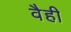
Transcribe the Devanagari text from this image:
वैही